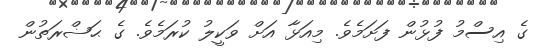
ގެ އިސްމު ފުޅުން ފަށަމެވެ. މިއަޅާ އަށް ވަކީލު ކުރަމެވެ. ގެ ޙަޟްރަތުން